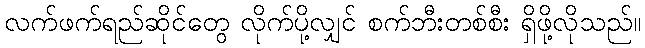
လက်ဖက်ရည်ဆိုင်တွေ လိုက်ပို့လျှင် စက်ဘီးတစ်စီး ရှိဖို့လိုသည်။